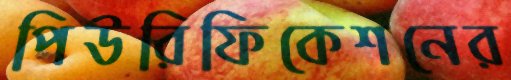
পিউরিফিকেশনের